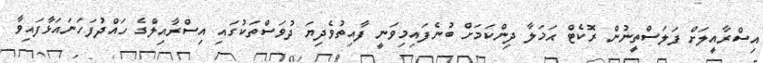
އިސްރާއީލަށް ފަލަސްތީނުން ރޮކެޓް ޙަމަލާ ދިންކަމަށް ބުނެފައިމިވަނީ ފާއިތުވެދިޔަ ދުވަސްތަކުގައި އިސްރާއިލްގެ ހައްދުފަހަނައަޅާފައިވާ